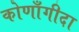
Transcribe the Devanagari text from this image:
कोणाँगीदा